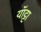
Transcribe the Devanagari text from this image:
यॉट्टा